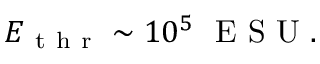
\begin{array} { r } { E _ { \mathrm { ~ t ~ h ~ r ~ } } \sim 1 0 ^ { 5 } \ \mathrm { ~ E ~ S ~ U ~ } . } \end{array}